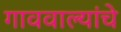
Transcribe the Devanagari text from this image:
गाववाल्यांचे